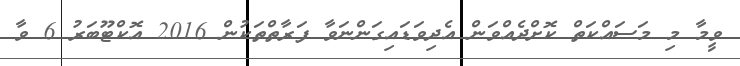
ވީމާ މި މަސައްކަތް ކޮށްދެއްވަން އެދިވަޑައިގަންނަވާ ފަރާތްތަކުން 2016 އޮކްޓޫބަރު 6 ވާ